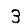
Digit: 3